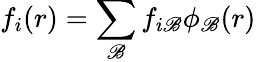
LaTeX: f_{i}(r)=\sum_{\mathscr{B}}f_{i\mathscr{B}}\phi_{\mathscr{B}}(r)